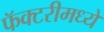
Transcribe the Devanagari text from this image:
फॅक्टरीमध्ये